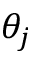
\theta _ { j }